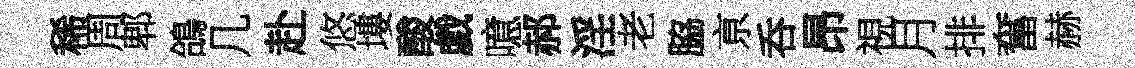
稀周郫鴿几赴悠塿酸戯噫郝淫老脇亰呑昂視月排奮赫